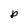
Character: p